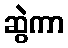
ဆွဲကာ